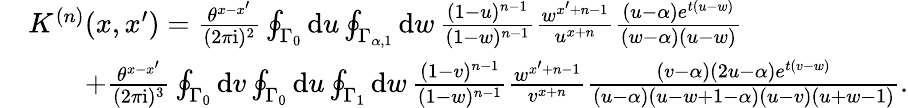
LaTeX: \begin{array}{rl}&{\textstyle K^{(n)}(x,x^{\prime})=\frac{\theta^{x-x^{\prime}}}{(2\pi\mathrm{i})^{2}}\oint_{\Gamma_{0}}\mathrm{d}u\oint_{\Gamma_{\alpha,1}}\mathrm{d}w\, \frac{(1-u)^{n-1}}{(1-w)^{n-1}}\frac{w^{x^{\prime}+n-1}}{u^{x+n}}\frac{(u-\alpha)e^{t(u-w)}}{(w-\alpha)(u-w)}}\\ &{\textstyle\qquad+\frac{\theta^{x-x^{\prime}}}{(2\pi\mathrm{i})^{3}}\oint_{\Gamma_{0}}\mathrm{d}v\oint_{\Gamma_{0}}\mathrm{d}u\oint_{\Gamma_{1}}\mathrm{d}w\, \frac{(1-v)^{n-1}}{(1-w)^{n-1}}\frac{w^{x^{\prime}+n-1}}{v^{x+n}}\frac{(v-\alpha)(2u-\alpha)e^{t(v-w)}}{(u-\alpha)(u-w+1-\alpha)(u-v)(u+w-1)}.}\end{array}